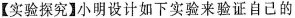
【实验探究】小明设计如下实验来验证自己的